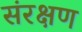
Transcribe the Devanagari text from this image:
संरक्षण